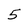
Character: 5